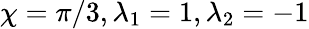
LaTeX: \chi=\pi/3,\lambda_{1}=1,\lambda_{2}=-1